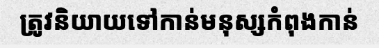
ត្រូវនិយាយទៅកាន់មនុស្សកំពុងកាន់